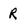
Character: R